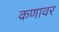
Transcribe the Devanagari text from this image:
कणावर